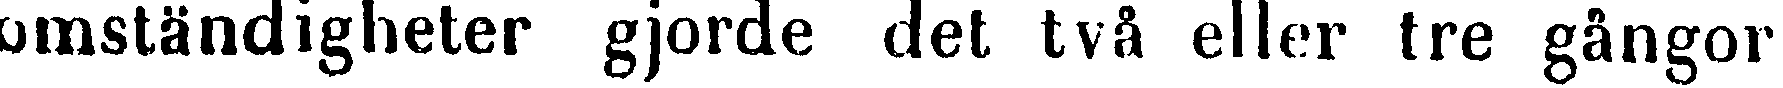
omständigheter gjorde det två eller tre gångor